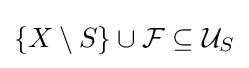
\{X\setminus S\}\cup {\mathcal {F}}\subseteq {\mathcal {U}}_{S}